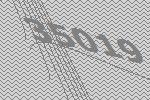
35019